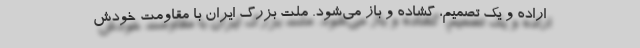
اراده و یک تصمیم، گشاده و باز می‌شود. ملت بزرگ ایران با مقاومت خودش